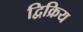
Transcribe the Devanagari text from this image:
द्विक्रिय